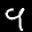
Label: 9